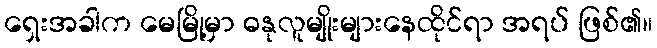
ရှေးအခါက မေမြို့မှာ ဓနုလူမျိုးများနေထိုင်ရာ အရပ် ဖြစ်၏။